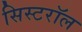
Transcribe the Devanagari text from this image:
सिस्टरॉल